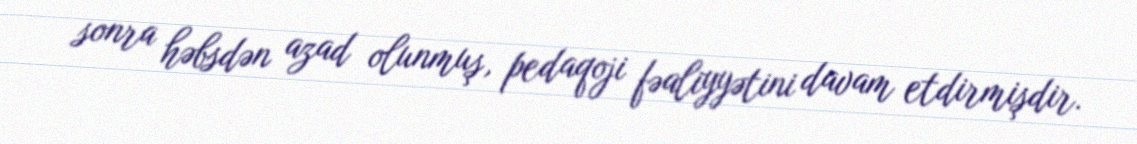
sonra həbsdən azad olunmuş, pedaqoji fəaliyyətini davam etdirmişdir.